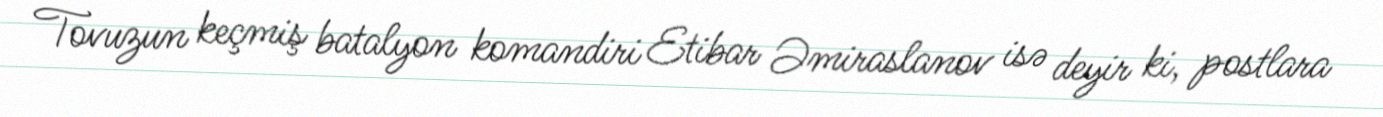
Tovuzun keçmiş batalyon komandiri Etibar Əmiraslanov isə deyir ki, postlara